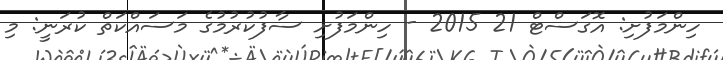
ހިންމަފުށި: އޮގަސްޓް 21 2015 - ހިންމަފުށި ސާފުކުރުމުގެ މަސައްކަތް ކުރަނީ: މި